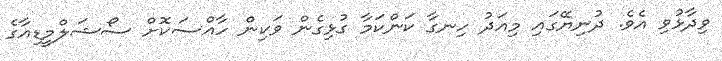
ވިދާޅުވި އެވެ. ދުނިޔޭގައި މިއަދު ހިނގާ ކަންކަމާ ގުޅިގެން ވަކިން ހާއްސަކޮށް ސޯޝަލްމީޑިއާގެ